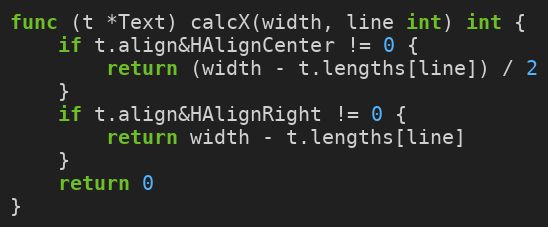
Language: Go
func (t *Text) calcX(width, line int) int {
	if t.align&HAlignCenter != 0 {
		return (width - t.lengths[line]) / 2
	}
	if t.align&HAlignRight != 0 {
		return width - t.lengths[line]
	}
	return 0
}